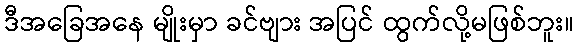
ဒီအခြေအနေ မျိုးမှာ ခင်ဗျား အပြင် ထွက်လို့မဖြစ်ဘူး။